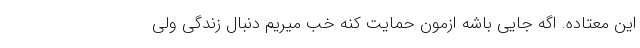
این معتاده. اگه جایی باشه ازمون حمایت کنه خب میریم دنبال زندگی ولی